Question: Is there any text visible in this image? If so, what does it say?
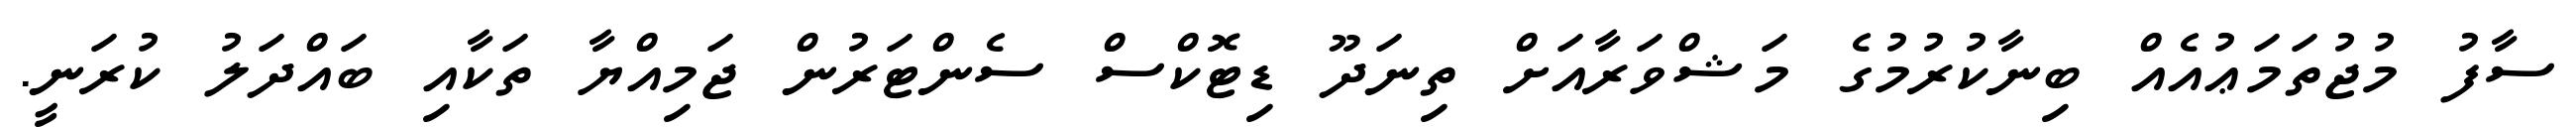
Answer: ސާފު މުޖުތަމަޢުއެއް ބިނާކުރުމުގެ މަޝްވަރާއަށް ތިނަދޫ ޑިޓޮކްސް ސެންޓަރުން ޖަމިއްޔާ ތަކާއި ބައްދަލު ކުރަނީ.